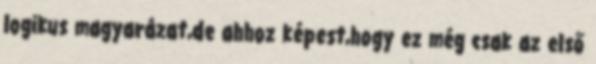
logikus magyarázat,de ahhoz képest,hogy ez még csak az első